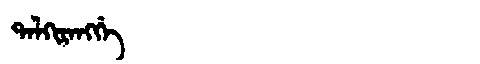
Manchu: ᡨᠠᠯᡴᡳᡵᠠᠩᡤᡝ
Romanization: TALKIRANGGE